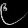
Digit: ၉